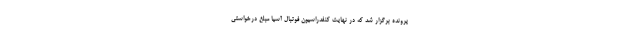
پرونده برگزار شد که در نهایت کنفدراسیون فوتبال آسیا مبلغ درخواستی